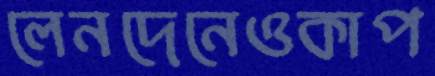
লেনদেনেওকাপ